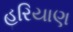
હરિયાણ